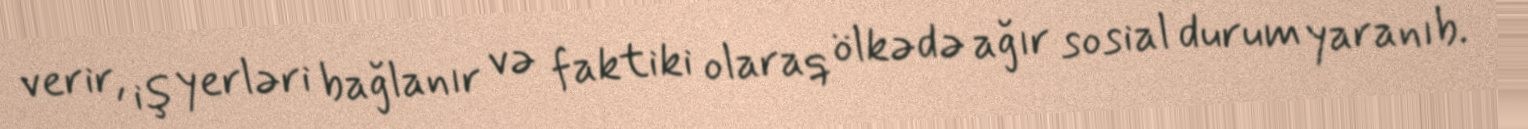
verir, iş yerləri bağlanır və faktiki olaraq ölkədə ağır sosial durum yaranıb.